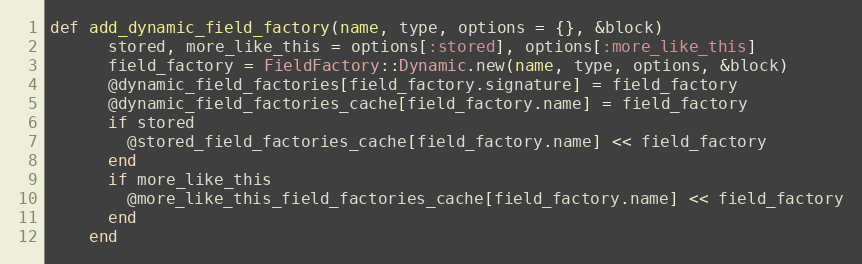
Language: Ruby
def add_dynamic_field_factory(name, type, options = {}, &block)
      stored, more_like_this = options[:stored], options[:more_like_this]
      field_factory = FieldFactory::Dynamic.new(name, type, options, &block)
      @dynamic_field_factories[field_factory.signature] = field_factory
      @dynamic_field_factories_cache[field_factory.name] = field_factory
      if stored
        @stored_field_factories_cache[field_factory.name] << field_factory
      end
      if more_like_this
        @more_like_this_field_factories_cache[field_factory.name] << field_factory
      end
    end